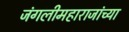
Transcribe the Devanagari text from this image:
जंगलीमहाराजांच्या